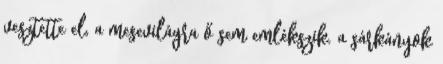
vesztette el, a mesevilágra ő sem emlékszik. a sárkányok